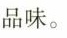
品味。